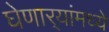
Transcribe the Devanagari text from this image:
घेणार्‍यांमध्ये